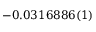
- 0 . 0 3 1 6 8 8 6 ( 1 )